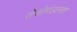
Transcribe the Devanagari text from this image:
तेजोमंडलात